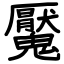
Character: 魘